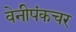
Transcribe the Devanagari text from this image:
वेनीपंकचर